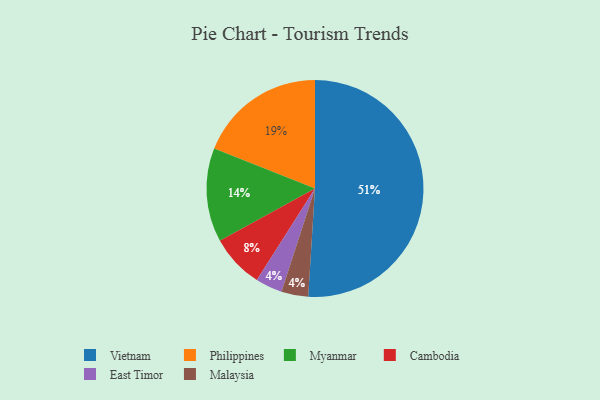
{"axis": {"x": "Category", "y": "Percentage"}, "legend": ["Cambodia", "East Timor", "Malaysia", "Myanmar", "Philippines", "Vietnam"], "data": [{"x": "East Timor", "y": 4, "type": "East Timor"}, {"x": "Cambodia", "y": 8, "type": "Cambodia"}, {"x": "Vietnam", "y": 51, "type": "Vietnam"}, {"x": "Philippines", "y": 19, "type": "Philippines"}, {"x": "Malaysia", "y": 4, "type": "Malaysia"}, {"x": "Myanmar", "y": 14, "type": "Myanmar"}]}